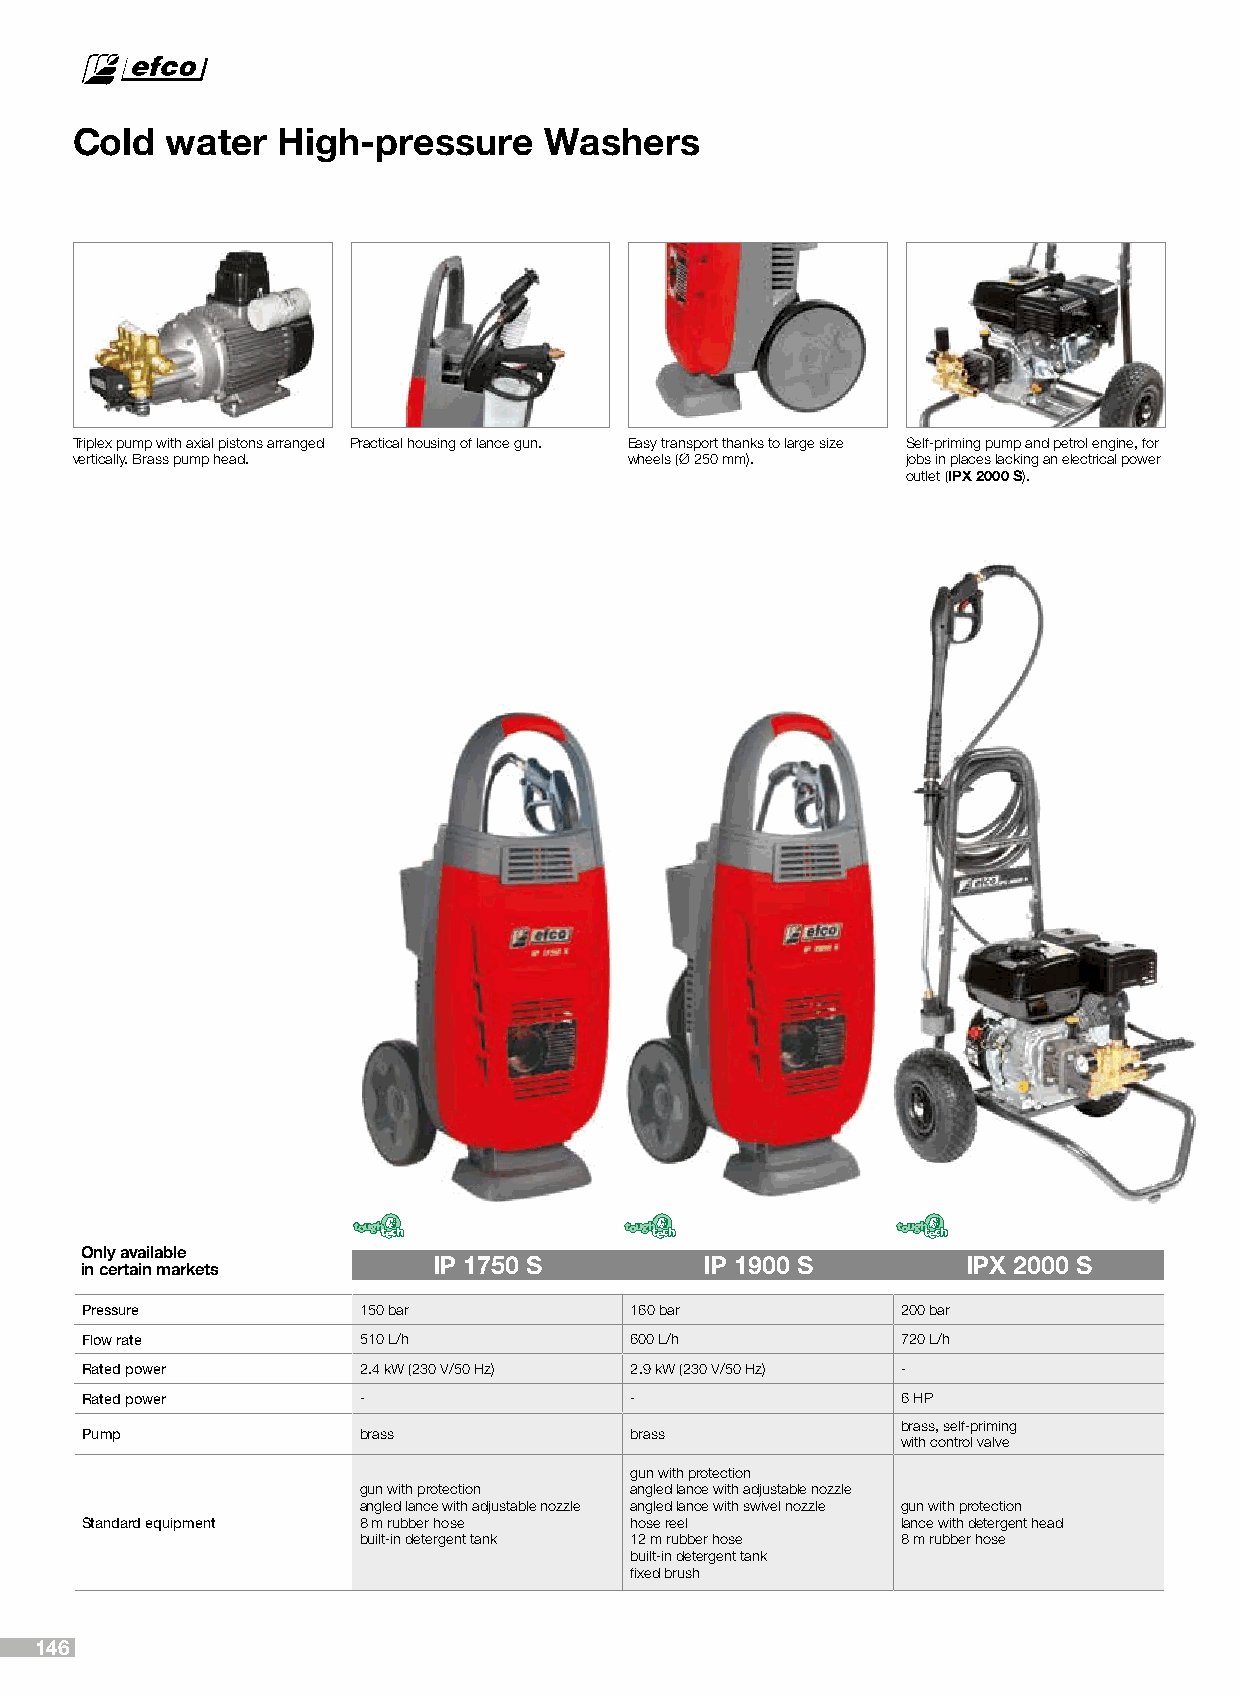
Cold  water  High-pressure     Washers
 Triplex pump with axial pistons arranged Practical housing of lance gun. Easy transport thanks to large size Self-priming pump and petrol engine, for
 vertically. Brass pump head.         wheels (Ø 250 mm). jobs in places lacking an electrical power
 outlet (IPX 2000 S).
 Only available
 IP 1750 S         IP 1900 S        IPX 2000 S
 in certain markets
 Pressure           150 bar           160 bar           200 bar
 Flow rate          510 L/h           600 L/h           720 L/h
 Rated power        2.4 kW (230 V/50 Hz) 2.9 kW (230 V/50 Hz) -
 Rated power        -                 -                 6 HP
 brass, self-priming
 Pump               brass             brass
 with control valve
 gun with protection
 gun with protection angled lance with adjustable nozzle
 angled lance with adjustable nozzle angled lance with swivel nozzle gun with protection
 Standard equipment 8 m rubber hose   hose reel         lance with detergent head
 built-in detergent tank 12 m rubber hose 8 m rubber hose
 built-in detergent tank
 fixed brush
 146